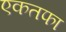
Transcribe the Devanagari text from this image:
एकतफा